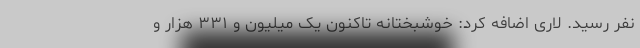
نفر رسید. لاری اضافه کرد: خوشبختانه تاکنون یک میلیون و ۳۳۱ هزار و